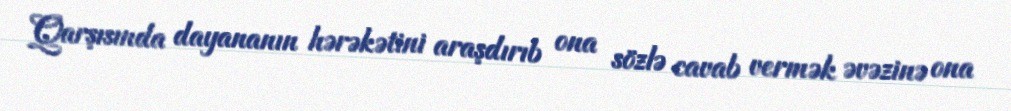
Qarşısında dayananın hərəkətini araşdırıb ona sözlə cavab vermək əvəzinə ona